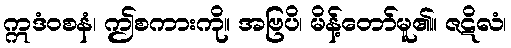
ဣဒံဝစနံ၊ ဤစကားကို။ အဗြပိ၊ မိန့်တော်မူ၏။ ဇဋိလံ၊